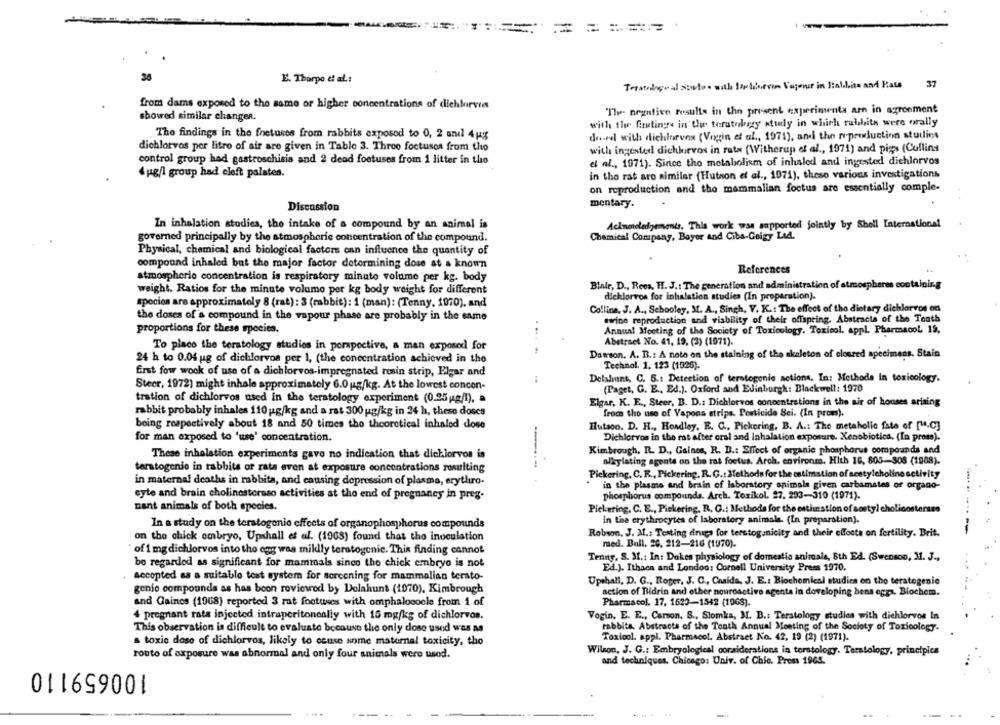
=
36
E. Thorpo et al .:
Teratelgeal sowto. with Jakoeven Voyeur in Stabilita and Kate
37
from dams exposed to the same or higher concentrations of dichlorven
"The negative results in the present experimenta arn in agreement
showed similar changer.
with the Gretings in the teratobrzy study in which rabbita were orally
The findings in the fetuses from rabbits exposed to 0, 2 and 4|g
deeel with dichlorvos (Vagin et al ., 1971), and the reproduction studies
dichlorvos per litro of air are given in Tablo 3. Throo foetuses from tho
with ingested dichhuevos in rats (Witherup of al ., 1971) and pigs (Collins
control group had gastroschisis and 2 dead foetuses from 1 litter in tho
el al ., 1971). Since tho metabolism of inhaled and ingested diehlorvos
4ug/l group had cleft palates.
in the rat aro similar (Hutson et al ., 1971), these various investigations
on reproduction and tho mammalian foetus are essentially comple-
Discussion
mentary.
In inhalation studies, the intake of a compound by an animal is
Ackmodledgements. This work was anpported jointly by Sholl International
governed principally by the atmospheric concentration of the compound.
Chemical Company, Boyer and Ciba-Geigy Lad.
Physical, chemical and biological factors can influence the quantity of
compound inhaled but the major factor determining dose at a known
References
atmospheric concentration is respiratory minuto volume per kg. body
weight. Ratios for the minute volume per kg body weight for different
Blair, D ., Rees, H. J .: The generation and administration of atmospheres containing
dichlorvon for inhalation studies (In proparation).
spocion are approximately 8 (rat): 3 (rabbit): 1 (man): (Tenny. 1070), and
Collina, J. A ., Sebooley, M. A ., Singh, V. K .: The effect of tho dietary dichlorvos on
the doses of a compound in the vapour phase are probably in the same
swine reproduction and viability of their offspring. Abstracts of the Tenth
proportions for these species.
Annual Meeting of the Society of Toxicology. Toxicol. appl. Pharmacol 19,
To piaco the teratology studios in perspective, a man exposed for
Abstract No. 41, 19, (2) (1071).
Damson. A. B .: A note on the staining of the skeleton of cloured specimens. Stain
24 h to 0.04 ug of dichlorvos per 1, (the concentration achieved in the
Technol. 1. 123 (1026).
first fow wook of use of a dichlorvos-impregnated rosin strip, Elgar and
Delahunt, C. S .: Detection of terstogenie actions. In: Methods In toxicology.
Steer, 1972) might inhale approximately 6.0 g/kg. At the lowest concon-
(Paget, G. E ., Ed.). Oxford and Edinburgh: Blackwell: 1970
tration of dichlorvos used in the teratology experiment (0.25 g/l), a
Elgar, K. E ., Steer, B. D .: Dichlorvos concentrations in the air of houses arising
rabbit probably inhales 110 ug/kg and a rat 300 ug/kg in 24 h, these doses
from tho use of Vapons etrips. Pesticide Sei. (In press).
boing respectively about 18 and 50 times the theoretical inhaled dose
Hutson. D. H ., Hondley, E. C ., Pickering, B. A .: The metaholic fate of [".C]
for man exposed to 'use' concentration.
Dichlorvos in the rat after cral and Inhalation exposure. Xenobiotica. (In press).
Kimbrough, R. D ., Gaines, R. D .: Effect of organic phosphorus compounds and
These inhalation experiments gave no indication that dichlorvon is
alkylating agente on the rat foetus. Arch. environm. Hith 16, 805-308 (1988).
teratogenic in rabbits of rata even at exposure concentrations resulting
---
Pickering, C. R ., Pickering, R. G .: Methods for the estimation of acetylcholine activity
in maternal deaths in rabbita, and causing depression of plasma, erythro-
in the plasms and brain of laboratory animals given carbamates of organo-
cyte and brain cholinesteraso activities at the end of pregnancy in preg.
phosphorus compounds. Arch. Toxikol. 27, 203-310 (1971).
nant animals of both species.
Pickering, C. E ., Pickering, R. G .: Methods for the esthnstion of sostyl ch
in the crythrocytes of laboratory animale. (In preparation).
In a study on the teratogenic effects of organophosphorus compounds
on the chick embryo, Upshall et al. (1968) found that tho inoculation
Robson, J. M .: Testing drugs for terstogsnicity and their effects on fertility. Brit.
med. Bull. 20. 212-216 (1970).
` of 1 mg dichlorvos into the egg was miklly teratogenic. This finding cannot
Tenny. S. M .: Int Dukes physiology of domestic animals, 8th Ed. (Swenson, 11. J .,
be regarded as significant for mammals sinco tho chick embryo is not
Ed.). Ithaca and London: Cornell University Press 1970.
secopted as a suitable test system for sercening for mammalian tersto-
Upshall, D. G ., Roger, J. C ., Casida, J. E .: Biochemical studies on the teratogenic
genie compounds as has boon reviewed by Delahunt (1070), Kimbrough
action of Bidrin and other nouroactive agents in developing bens eggs. Biochem.
and Gaines (1968) reported 3 rat footuses with omphalococle from 1 of
Pharmacol. 17, 1623-1542 (1968).
4 pregnant rata injected intraperitoneally with 15 mg/kg of dichlorvos.
Vogin. E. E ., Carson. S ., Slomka, M. B .: Teratology studios with dichlorvos In
This observation is difficult to evaluate because the only dose used was as
rabbits. Abstracta of the Tonth Annual Meeting of the Society of Toxicology.
Toxicol. appl. Pharmacol. Abstract Ko. 42, 19 (2) (1971).
s toxic dose of dichlorvos, likely to ceuse some maternal toxicity, tho
Wilson, J. G .: Embryological considerations in torstology. Terstology, principica
routo of exposure was abnormal and only four animals were used.
100659110
and techniques. Chicago: Univ. of Chic. Press 1965.
----
-